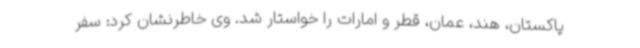
پاکستان، هند، عمان، قطر و امارات را خواستار شد. وی خاطرنشان کرد: سفر